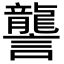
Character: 讋